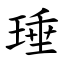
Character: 㻔